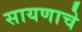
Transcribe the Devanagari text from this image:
सायणाचे